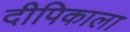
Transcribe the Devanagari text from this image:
दीपिकाला